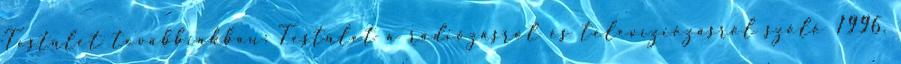
Testület továbbiakban: Testület a rádiózásról és televíziózásról szóló 1996.